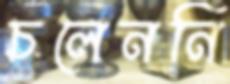
চলেননি